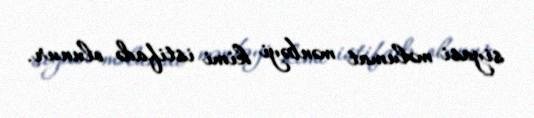
siyasi məlumat mənbəyi kimi istifadə olunur.